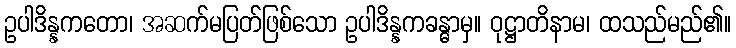
ဥပါဒိန္နကတော၊ အဆက်မပြတ်ဖြစ်သော ဥပါဒိန္နကခန္ဓာမှ။ ဝုဋ္ဌာတိနာမ၊ ထသည်မည်၏။